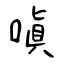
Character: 嗔